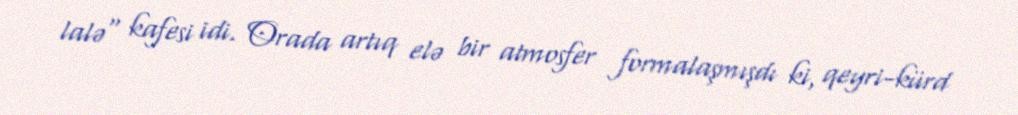
lalə" kafesi idi. Orada artıq elə bir atmosfer formalaşmışdı ki, qeyri-kürd